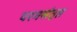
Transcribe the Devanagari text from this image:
परमसंतृप्त